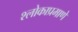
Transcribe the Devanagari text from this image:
श्लोकाप्रमाणे